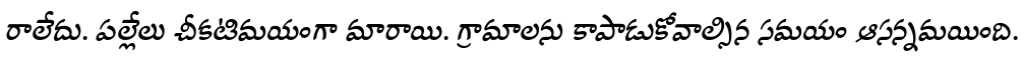
రాలేదు. పల్లేలు చీకటిమయంగా మారాయి. గ్రామాలను కాపాడుకోవాల్సిన సమయం ఆసన్నమయింది.